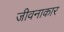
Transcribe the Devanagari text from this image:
जीवनाकार